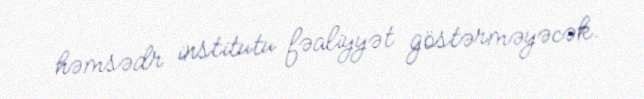
həmsədr institutu fəaliyyət göstərməyəcək.